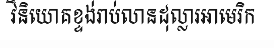
វិនិយោគខ្ទង់រាប់លានដុល្លារអាមេរិក